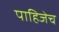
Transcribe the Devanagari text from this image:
पाहिजेच